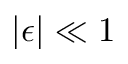
| \epsilon | \ll 1